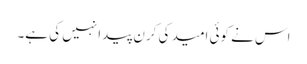
اس نے کوئی امید کی کرن پیدا نہیں کی ہے۔